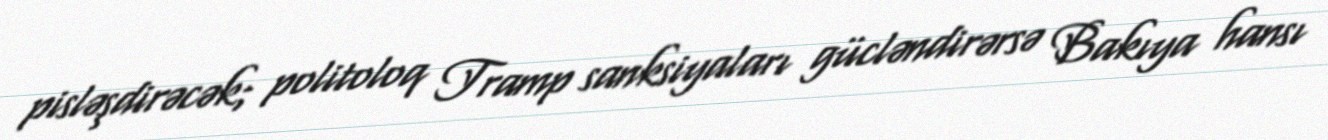
pisləşdirəcək; politoloq Tramp sanksiyaları gücləndirərsə Bakıya hansı